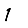
Digit: 1